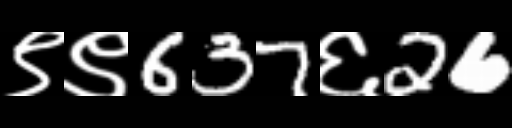
Text: ९९637६26